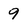
Character: 9